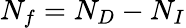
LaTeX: N_{f}=N_{D}-N_{I}